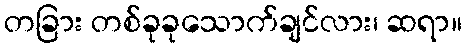
တခြား တစ်ခုခုသောက်ချင်လား၊ ဆရာ။